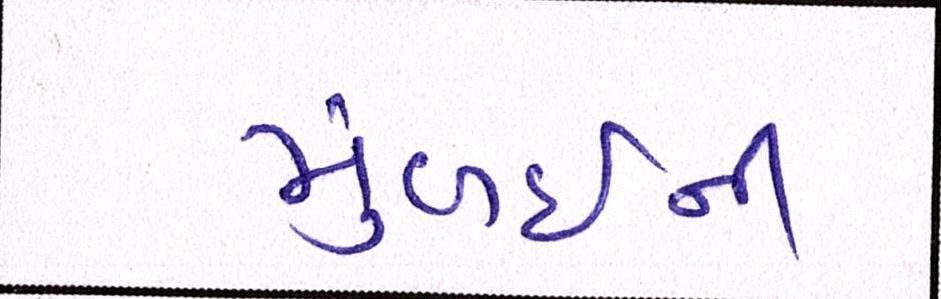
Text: મુંબઈની